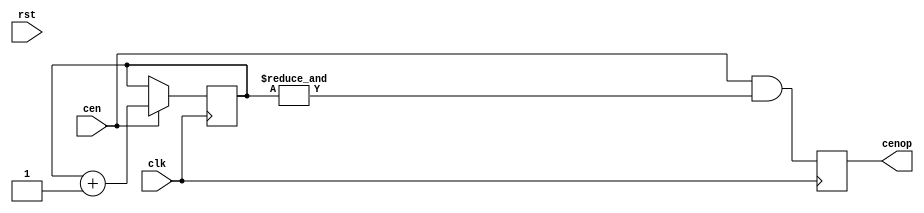
// This program was cloned from: https://github.com/va7deo/zerowing
// License: GNU General Public License v2.0

/*  This file is part of JTOPL.

    JTOPL is free software: you can redistribute it and/or modify
    it under the terms of the GNU General Public License as published by
    the Free Software Foundation, either version 3 of the License, or
    (at your option) any later version.

    JTOPL is distributed in the hope that it will be useful,
    but WITHOUT ANY WARRANTY; without even the implied warranty of
    MERCHANTABILITY or FITNESS FOR A PARTICULAR PURPOSE.  See the
    GNU General Public License for more details.

    You should have received a copy of the GNU General Public License
    along with JTOPL.  If not, see <http://www.gnu.org/licenses/>.

    Author: Jose Tejada Gomez. Twitter: @topapate
    Version: 1.0
    Date: 10-6-2020

    */

module jtopl_div(
    input       rst,
    input       clk,
    input       cen,
    output reg  cenop   // clock enable at operator rate
);

parameter OPL_TYPE=1;

localparam W = 2; // OPL_TYPE==2 ? 1 : 2;

reg  [W-1:0] cnt;

`ifdef SIMULATION
initial cnt={W{1'b0}};
`endif

always @(posedge clk) if(cen) begin
    cnt <= cnt+1'd1;
end

always @(posedge clk) begin
    cenop <= cen && (&cnt);
end

endmodule